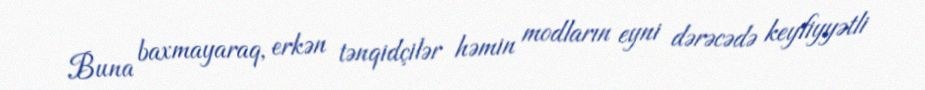
Buna baxmayaraq, erkən tənqidçilər həmin modların eyni dərəcədə keyfiyyətli